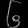
Digit: ၆